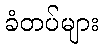
ခံတပ်များ